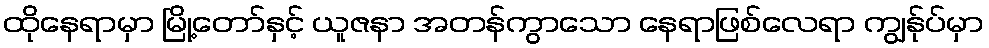
ထိုနေရာမှာ မြို့တော်နှင့် ယူဇနာ အတန်ကွာသော နေရာဖြစ်လေရာ ကျွန်ုပ်မှာ